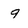
Character: 9